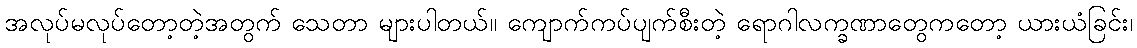
အလုပ်မလုပ်တော့တဲ့အတွက် သေတာ များပါတယ်။ ကျောက်ကပ်ပျက်စီးတဲ့ ရောဂါလက္ခဏာတွေကတော့ ယားယံခြင်း၊